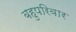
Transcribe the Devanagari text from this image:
बहुपरिवार